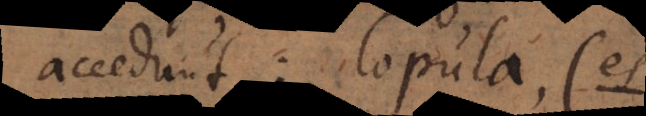
accedunt: copula (